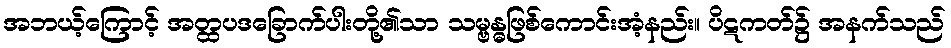
အဘယ့်ကြောင့် အတ္ထပဒခြောက်ပါးတို့၏သာ သမ္ဗန္ဓဖြစ်ကောင်းအံ့နည်း။ ပိဋကတ်၌ အနက်သည်